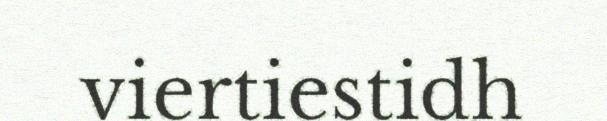
viertiestidh